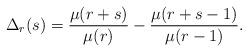
LaTeX: \begin{align*}\Delta_r(s)= \frac{\mu(r+s)}{\mu(r)}- \frac{\mu(r+s-1)}{\mu(r-1)}.\end{align*}